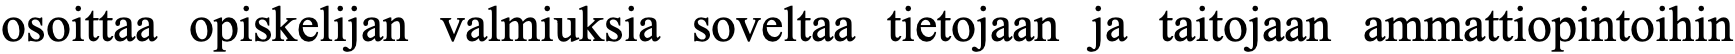
osoittaa opiskelijan valmiuksia soveltaa tietojaan ja taitojaan ammattiopintoihin